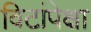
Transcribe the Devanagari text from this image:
विटांपेक्षा